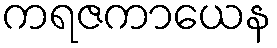
ကရဇကာယေန